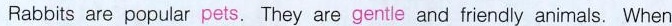
Rabbits are popular pets. They are gentle and friendly animals. When